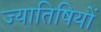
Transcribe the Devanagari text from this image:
ज्यातिषियों